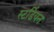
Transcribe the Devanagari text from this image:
स्टर्डियन